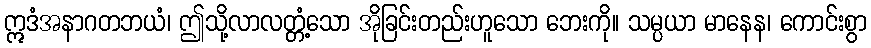
ဣဒံအနာဂတဘယံ၊ ဤသို့လာလတ္တံ့သော အိုခြင်းတည်းဟူသော ဘေးကို။ သမ္ပယာ မာနေန၊ ကောင်းစွာ